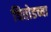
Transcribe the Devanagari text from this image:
चितोडच्या